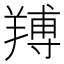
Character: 䍸